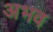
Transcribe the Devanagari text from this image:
अभव